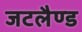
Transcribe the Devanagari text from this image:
जटलैण्ड